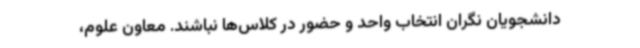
دانشجویان نگران انتخاب واحد و حضور در کلاس‌ها نباشند. معاون علوم،